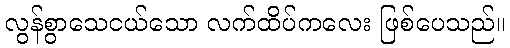
လွန်စွာသေငယ်သော လက်ထိပ်ကလေး ဖြစ်ပေသည်။